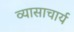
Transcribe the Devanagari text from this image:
व्यासाचार्य